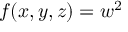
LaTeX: f ( x , y , z ) = w ^ { 2 }